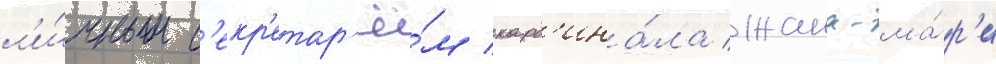
л'и́чным с'екр'етар'ё́м кард'ина́ла жана-ма́р'и